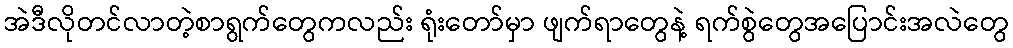
အဲဒီလိုတင်လာတဲ့စာရွက်တွေကလည်း ရုံးတော်မှာ ဖျက်ရာတွေနဲ့ ရက်စွဲတွေအပြောင်းအလဲတွေ